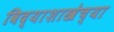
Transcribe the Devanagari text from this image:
विद्याशाखेच्या